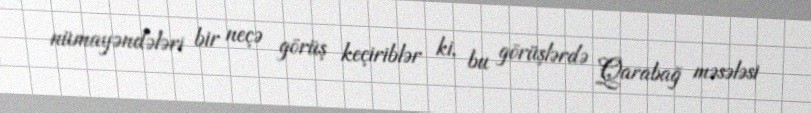
nümayəndələri bir neçə görüş keçiriblər ki, bu görüşlərdə Qarabağ məsələsi